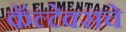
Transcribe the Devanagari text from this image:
कॅल्टेक्सचे